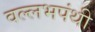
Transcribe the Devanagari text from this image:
वल्लभपंथी